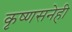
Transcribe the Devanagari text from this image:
कृष्णसनेही